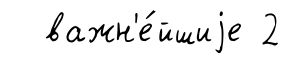
важн'е́йшиjе 2